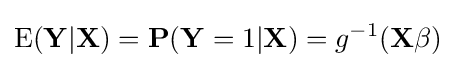
{\begin{aligned}\operatorname {E} (\mathbf {Y} |\mathbf {X} )=\mathbf {P} (\mathbf {Y} =1|\mathbf {X} )=g^{-1}(\mathbf {X} \beta )\end{aligned}}